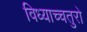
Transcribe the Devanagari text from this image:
विध्याच्चतुरो